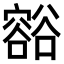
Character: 𧯉